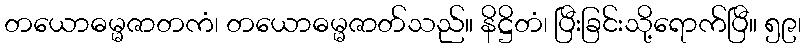
တယောဓမ္မဇာတကံ၊ တယောဓမ္မဇာတ်သည်။ နိဋ္ဌိတံ၊ ပြီးခြင်းသို့ရောက်ပြီ။ ၅၉၊